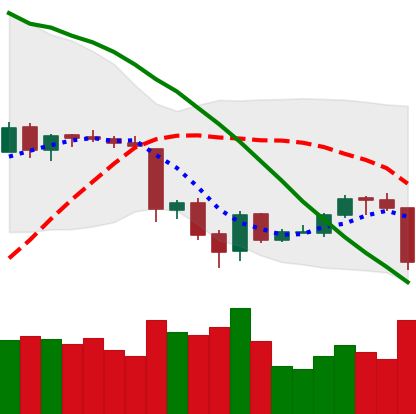
Ticker: ETH-USD
Chart end date: 2018-06-22
Forward return: -5.035%
Label: down_5_7